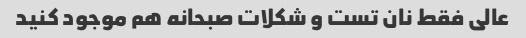
عالی فقط نان تست و شکلات صبحانه هم موجود کنید